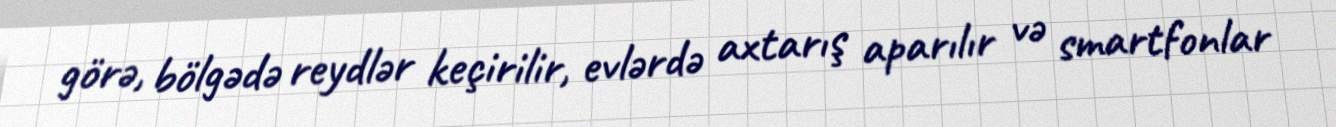
görə, bölgədə reydlər keçirilir, evlərdə axtarış aparılır və smartfonlar